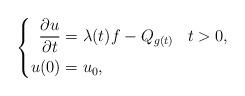
LaTeX: \begin{align*}\left\{\begin{aligned}\frac{\partial u}{\partial t} &=\lambda (t) f - Q_{g(t)} & & t > 0,\\u(0) &= u_0, & &\end{aligned}\right.\end{align*}